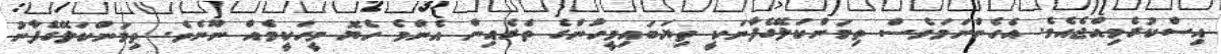
އިސްކުރެވިއްޖެއެވެ. އެހެންނަމަވެސް ތިމަންކަލޭގެފާނަކީ ތިޔަބައިމީހުންގެ ތެރެއިން އެންމެ ހެޔޮ މީހަކީމެއް ނޫނެވެ. ތިމަންކަލޭގެފާނު